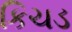
કિચડ